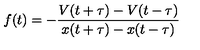
f ( t ) = - \frac { V ( t + \tau ) - V ( t - \tau ) } { x ( t + \tau ) - x ( t - \tau ) }